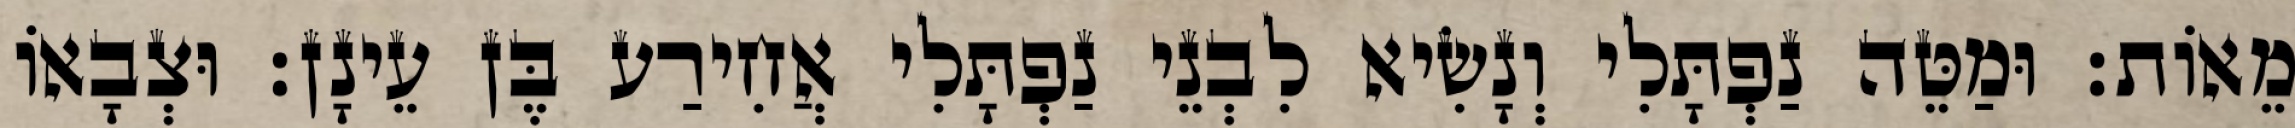
מֵאוֹת׃ וּמַטֵּה נַפְתָּלִי וְנָשִׂיא לִבְנֵי נַפְתָּלִי אֲחִירַע בֶּן עֵינָן׃ וּצְבָאוֹ